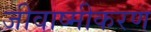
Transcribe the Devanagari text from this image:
जीवाष्मीकरण